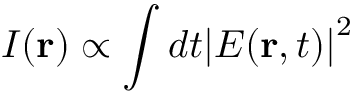
I ( { \bf { r } } ) \propto \int { d t } { { \lvert E ( { \bf { r } } , t ) \lvert } ^ { 2 } }